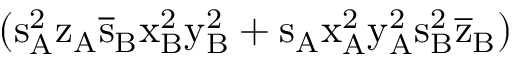
( \mathrm { s _ { A } ^ { 2 } \mathrm { z _ { A } \mathrm { \overline { { s } } _ { B } \mathrm { x _ { B } ^ { 2 } \mathrm { y _ { B } ^ { 2 } + \mathrm { s _ { A } \mathrm { x _ { A } ^ { 2 } \mathrm { y _ { A } ^ { 2 } \mathrm { s _ { B } ^ { 2 } \mathrm { \overline { { z } } _ { B } ) } } } } } } } } } }